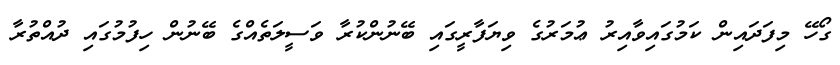
ގޯހޭ މިފަދައިން ކަމުގައިވާއިރު ޢުމަރުގެ ވިޔަފާރީގައި ބޭނުންކުރާ ވަސީލަތެއްގެ ބޭނުން ހިފުމުގައި ދުއްތުރާ